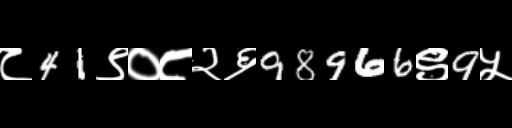
Text: ८41९०८२६98966९9५